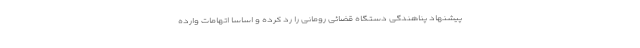
پیشنهاد پناهندگی دستگاه قضائی رومانی را رد کرده و اساسا اتهامات وارده